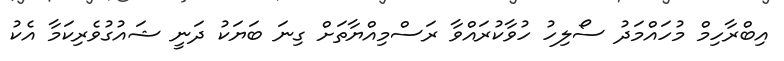
އިބްރާހިމް މުހައްމަދު ސޯލިހު ހުވާކުރައްވާ ރަސްމިއްޔާތަށް ގިނަ ބަޔަކު ދަނީ ޝައުގުވެރިކަމާ އެކު